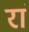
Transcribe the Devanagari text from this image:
रां